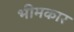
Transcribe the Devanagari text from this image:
भीमकार